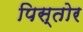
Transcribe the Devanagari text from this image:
पिस्तोर